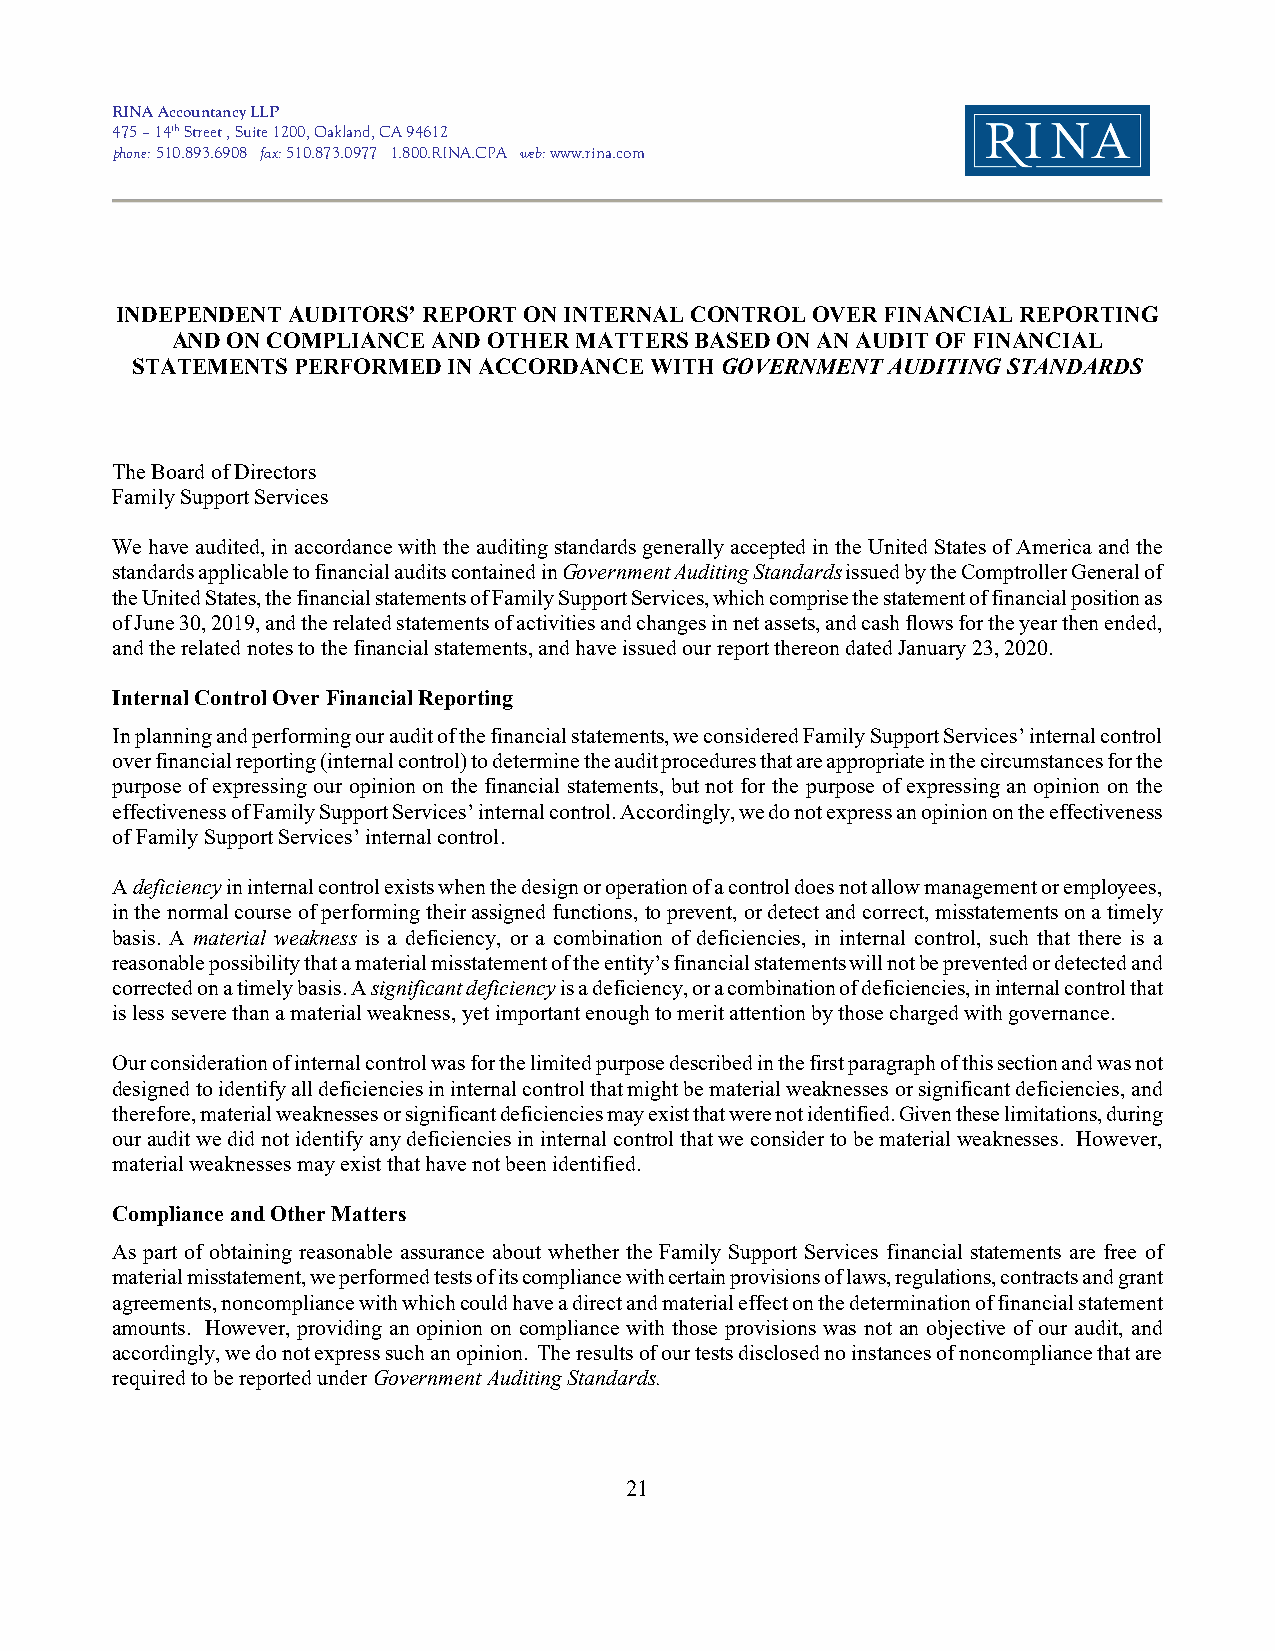
RINA Accountancy LLP
 475 – 14th Street , Suite 1200, Oakland, CA 94612
 phone: 510.893.6908 fax: 510.873.0977 1.800.RINA.CPA web: www.rina.com
 INDEPENDENT AUDITORS’ REPORT ON INTERNAL CONTROL OVER FINANCIAL REPORTING
 AND ON COMPLIANCE AND OTHER MATTERS BASED ON AN AUDIT OF FINANCIAL
 STATEMENTS PERFORMED IN ACCORDANCE WITH GOVERNMENT AUDITING STANDARDS
 The Board of Directors
 Family Support Services
 We have audited, in accordance with the auditing standards generally accepted in the United States of America and the
 standards applicable to financial audits contained in Government Auditing Standards issued by the Comptroller General of
 the United States, the financial statements of Family Support Services, which comprise the statement of financial position as
 of June 30, 2019, and the related statements of activities and changes in net assets, and cash flows for the year then ended,
 and the related notes to the financial statements, and have issued our report thereon dated January 23, 2020.
 Internal Control Over Financial Reporting
 In planning and performing our audit of the financial statements, we considered Family Support Services’ internal control
 over financial reporting (internal control) to determine the audit procedures that are appropriate in the circumstances for the
 purpose of expressing our opinion on the financial statements, but not for the purpose of expressing an opinion on the
 effectiveness of Family Support Services’ internal control. Accordingly, we do not express an opinion on the effectiveness
 of Family Support Services’ internal control.
 A deficiency in internal control exists when the design or operation of a control does not allow management or employees,
 in the normal course of performing their assigned functions, to prevent, or detect and correct, misstatements on a timely
 basis. A material weakness is a deficiency, or a combination of deficiencies, in internal control, such that there is a
 reasonable possibility that a material misstatement of the entity’s financial statements will not be prevented or detected and
 corrected on a timely basis. A significant deficiency is a deficiency, or a combination of deficiencies, in internal control that
 is less severe than a material weakness, yet important enough to merit attention by those charged with governance.
 Our consideration of internal control was for the limited purpose described in the first paragraph of this section and was not
 designed to identify all deficiencies in internal control that might be material weaknesses or significant deficiencies, and
 therefore, material weaknesses or significant deficiencies may exist that were not identified. Given these limitations, during
 our audit we did not identify any deficiencies in internal control that we consider to be material weaknesses. However,
 material weaknesses may exist that have not been identified.
 Compliance and Other Matters
 As part of obtaining reasonable assurance about whether the Family Support Services financial statements are free of
 material misstatement, we performed tests of its compliance with certain provisions of laws, regulations, contracts and grant
 agreements, noncompliance with which could have a direct and material effect on the determination of financial statement
 amounts. However, providing an opinion on compliance with those provisions was not an objective of our audit, and
 accordingly, we do not express such an opinion. The results of our tests disclosed no instances of noncompliance that are
 required to be reported under Government Auditing Standards.
 21